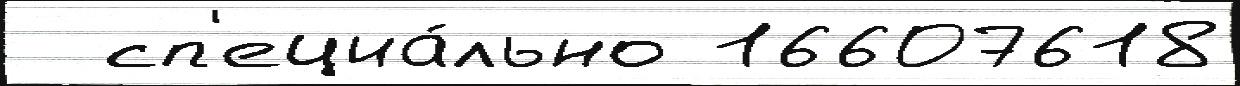
  сп'ециа́льно 16607618